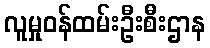
လူမှုဝန်ထမ်းဦးစီးဌာန